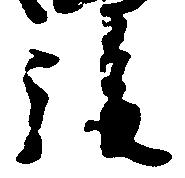
後